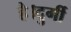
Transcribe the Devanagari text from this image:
है।दुर्गी